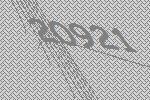
20921